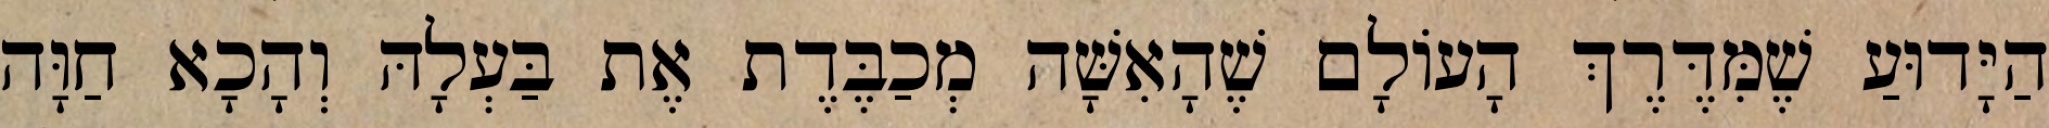
הַיָּדוּעַ שֶׁמִּדֶּרֶךְ הָעוֹלָם שֶׁהָאִשָּׁה מְכַבֶּדֶת אֶת בַּעְלָהּ וְהָכָא חַוָּה